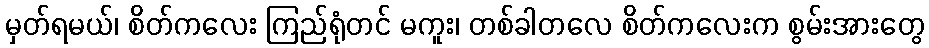
မှတ်ရမယ်၊ စိတ်ကလေး ကြည်ရုံတင် မကူး၊ တစ်ခါတလေ စိတ်ကလေးက စွမ်းအားတွေ